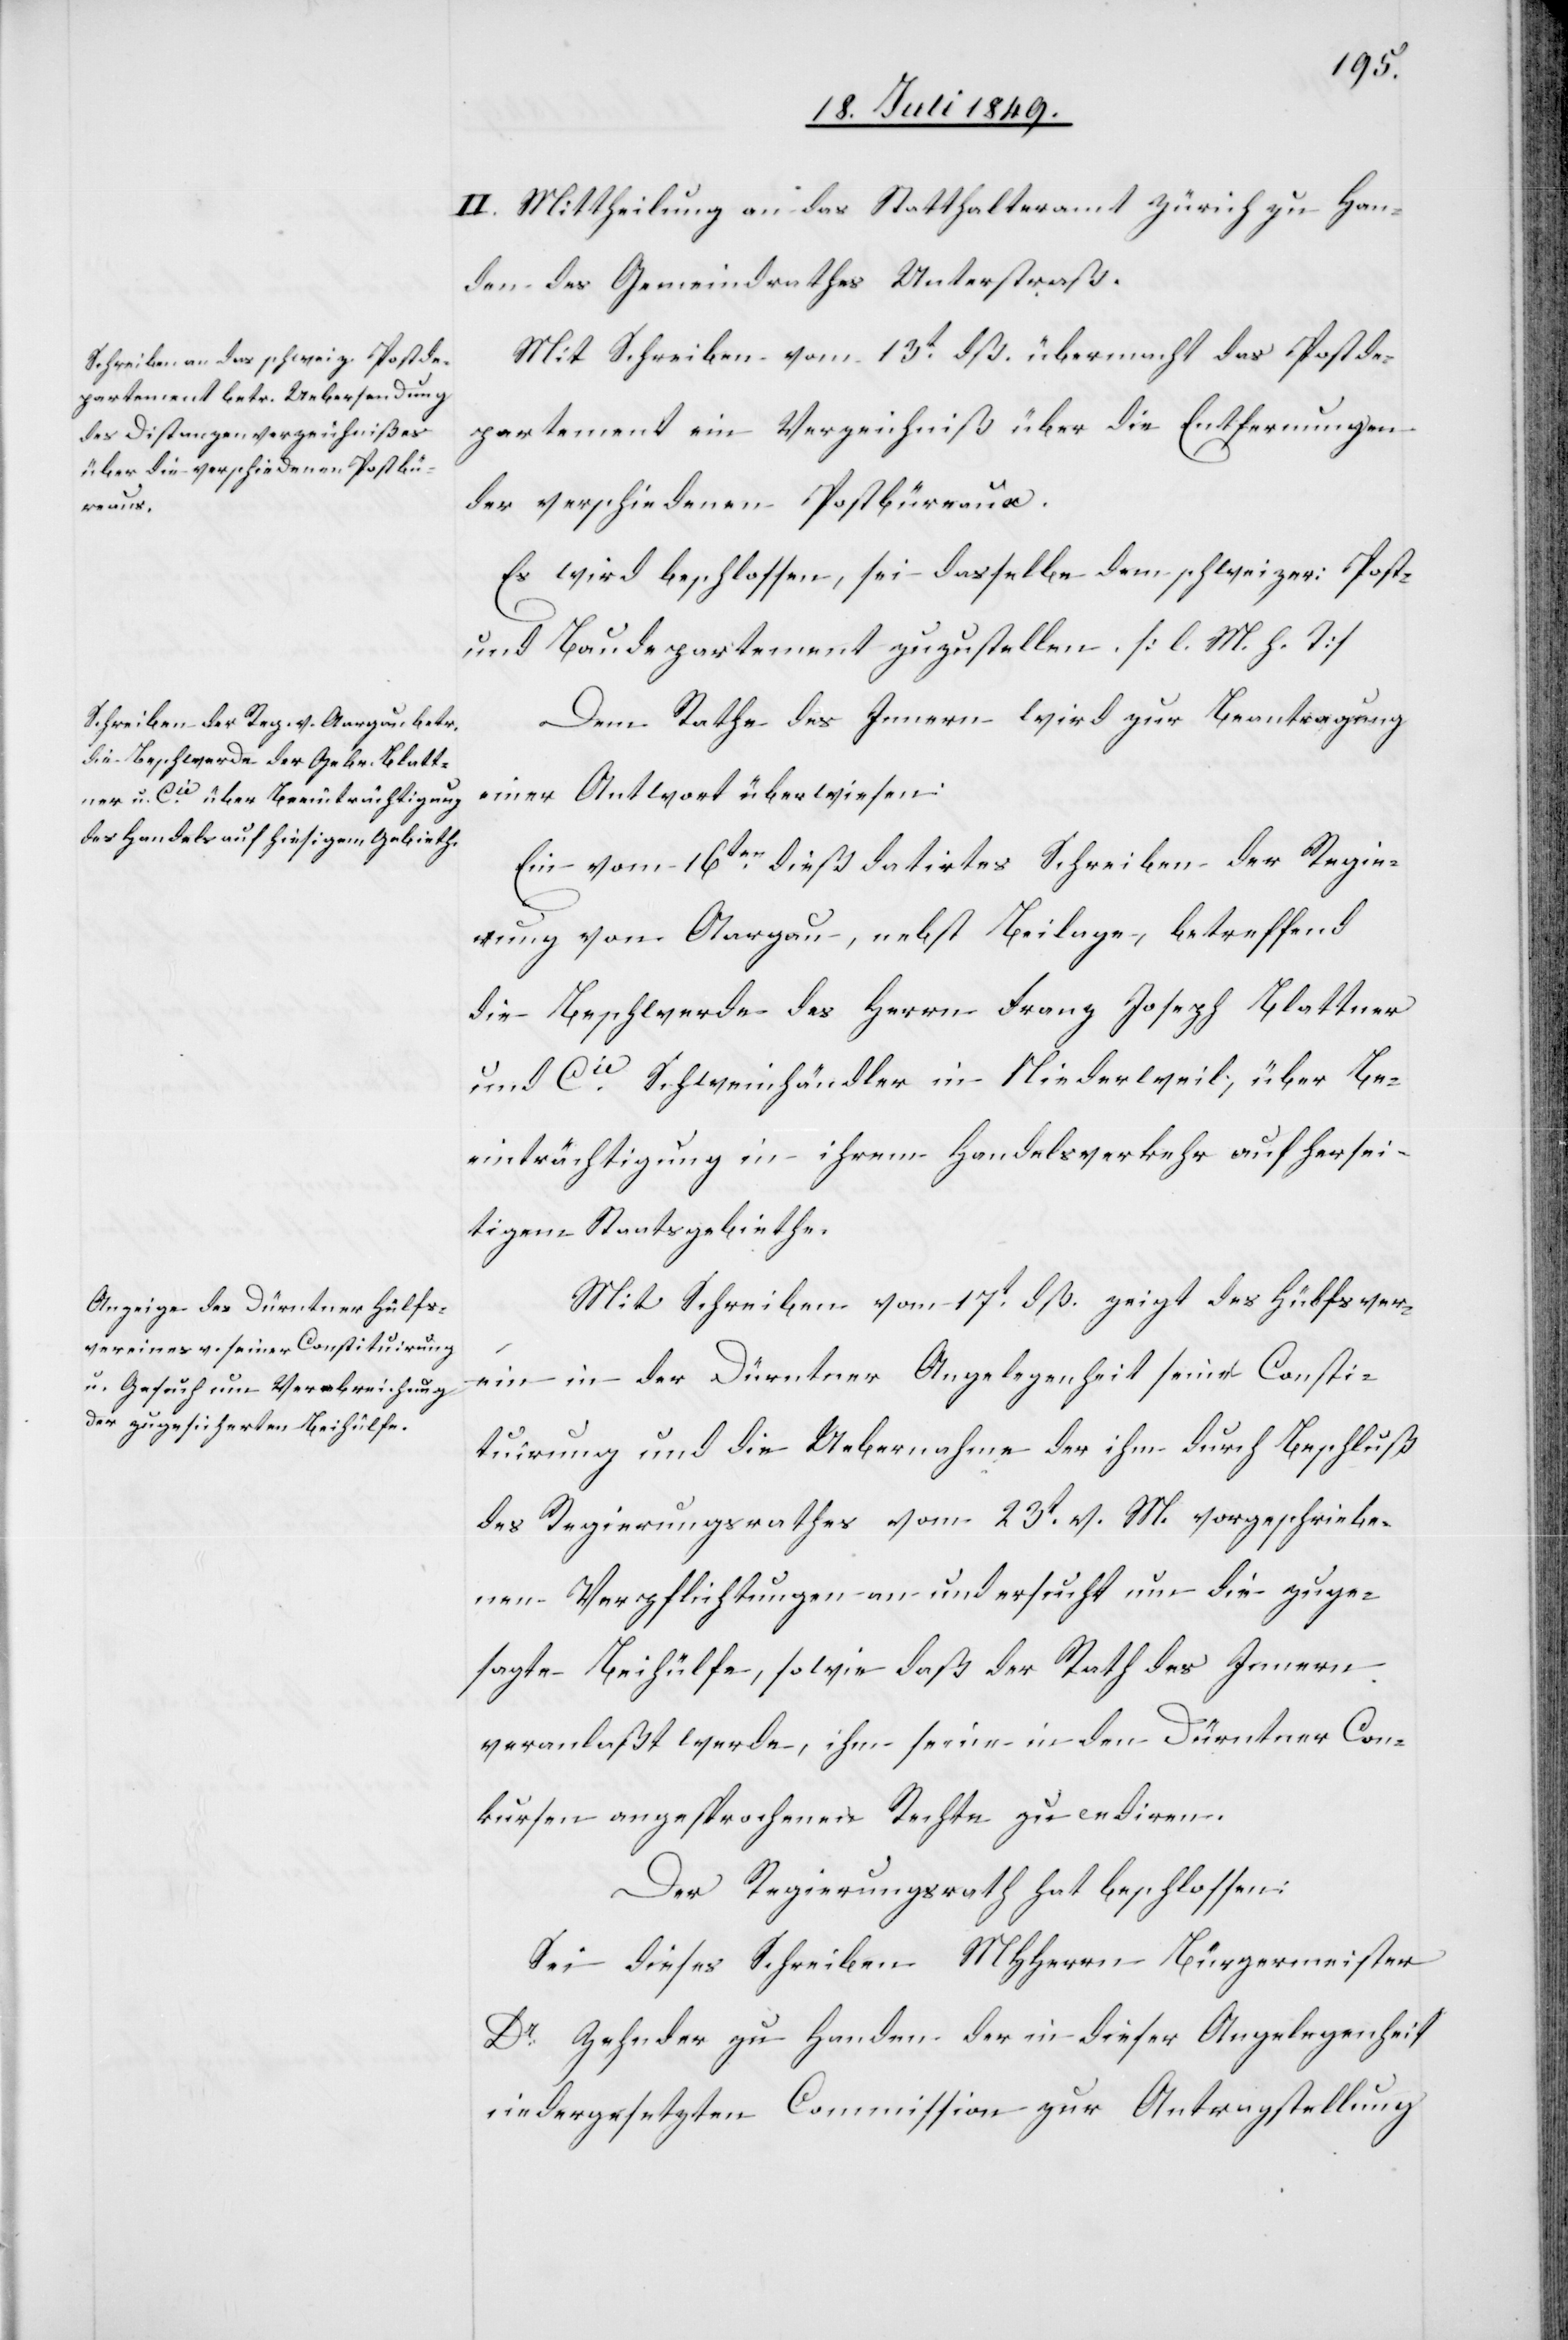
II. Mittheilung an das Statthalteramt Zürich zu Han¬
den des Gemeindrathes Unterstraß.
Mit Schreiben vom 13t dß. übermacht das Postde¬
partement ein Verzeichniß über die Entfernungen
der verschiedenen Postbüreaus.
Es wird beschlossen, sei dasselbe dem schweizer: Post-
und Baudepartement zuzustellen. [l. M. h. T]
Dem Rathe des Innern wird zur Beantragung
einer Antwort überwiesen:
Ein vom 16ten dieß datirtes Schreiben der Regie¬
rung von Aargau, nebst Beilage, betreffend
die Beschwerde des Herrn Franz Joseph Blattner
und Cie Schweinhändler in Niederweil, über Be¬
einträchtigung in ihrem Handelsverkehr auf hiersei¬
tigem Staatsgebiethe.
Mit Schreiben vom 17t dß. zeigt des [sic!] Hülfsver¬
ein in der Dürntner Angelegenheit seine Consti¬
tuirung und die Uebernahme der ihm durch Beschluß
des Regierungsrathes vom 23t v. M. vorgeschriebe¬
nen Verpflichtungen an und ersucht um die zuge¬
sagte Beihülfe, sowie daß der Rath des Innern
veranlaßt werde, ihm seine in den Dürntner Con¬
kursen angesprochenen Rechte zu cediren.
Der Regierungsrath hat beschlossen:
Sei dieses Schreiben MHHerrn Bürgermeister
Dr Zehnder zu Handen der in dieser Angelegenheit
niedergesetzten Commission zur Antragstellung